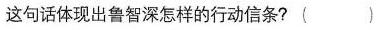
这句话体现出鲁智深怎样的行动信条？ ()